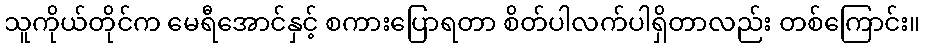
သူကိုယ်တိုင်က မေရီအောင်နှင့် စကားပြောရတာ စိတ်ပါလက်ပါရှိတာလည်း တစ်ကြောင်း။